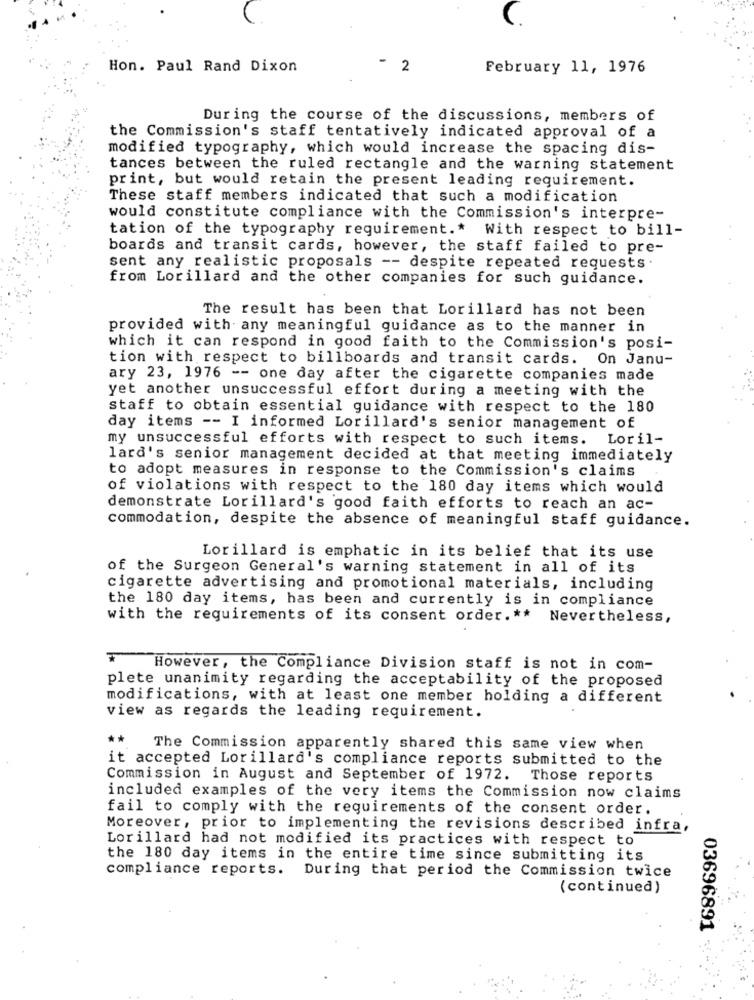
Hon. Paul Rand Dixon
2
February 11, 1976
During the course of the discussions, members of
the Commission's staff tentatively indicated approval of a
modified typography, which would increase the spacing dis-
tances between the ruled rectangle and the warning statement
print, but would retain the present leading requirement.
These staff members indicated that such a modification
would constitute compliance with the Commission's interpre-
tation of the typography requirement .* With respect to bill-
boards and transit cards, however, the staff failed to pre-
sent any realistic proposals -- despite repeated requests.
from Lorillard and the other companies for such guidance.
The result has been that Lorillard has not been
provided with any meaningful guidance as to the manner in
which it can respond in good faith to the Commission's posi-
tion with respect to billboards and transit cards. On Janu-
ary 23, 1976 -- one day after the cigarette companies made
yet another unsuccessful effort during a meeting with the
staff to obtain essential guidance with respect to the 180
day items -- I informed Lorillard's senior management of
my unsuccessful efforts with respect to such items.
Loril-
lard's senior management decided at that meeting immediately
to adopt measures in response to the Commission's claims
of violations with respect to the 180 day items which would
demonstrate Lorillard's good faith efforts to reach an ac-
commodation, despite the absence of meaningful staff guidance.
Lorillard is emphatic in its belief that its use
of the Surgeon General's warning statement in all of its
cigarette advertising and promotional materials, including
the 180 day items, has been and currently is in compliance
with the requirements of its consent order. **
Nevertheless,
However, the Compliance Division staff is not in com-
plete unanimity regarding the acceptability of the proposed
modifications, with at least one member holding a different
view as regards the leading requirement.
**
The Commission apparently shared this same view when
it accepted Lorillard's compliance reports submitted to the
Commission in August and September of 1972.
Those reports
included examples of the very items the Commission now claims
fail to comply with the requirements of the consent order.
Moreover, prior to implementing the revisions described infra,
Lorillard had not modified its practices with respect to
the 180 day items in the entire time since submitting its
compliance reports. During that period the Commission twice
(continued)
03696891